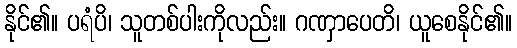
နိုင်၏။ ပရံပိ၊ သူတစ်ပါးကိုလည်း။ ဂဏှာပေတိ၊ ယူစေနိုင်၏။